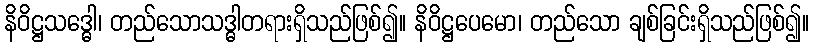
နိဝိဋ္ဌသဒ္ဓေါ၊ တည်သောသဒ္ဓါတရားရှိသည်ဖြစ်၍။ နိဝိဋ္ဌပေမော၊ တည်သော ချစ်ခြင်းရှိသည်ဖြစ်၍။